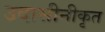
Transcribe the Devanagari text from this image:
उदासीनीकृत